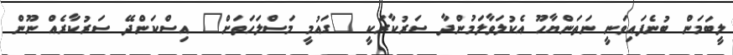
ލީބަމަން ބުނެފައިވަނީ ނަތަންޔާހޫ އެކުލަވާލަމުންދާ ސަރުކާރަކީ "ގައުމީ މަސްލަހަތަށް" އިސްކަންދޭ ސަރުކާރެއް ނޫން